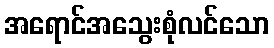
အရောင်အသွေးစုံလင်သော